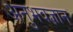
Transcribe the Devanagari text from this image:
अनुभवज्ञान